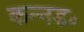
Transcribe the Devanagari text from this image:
कन्नड०